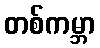
တစ်ကမ္ဘာ